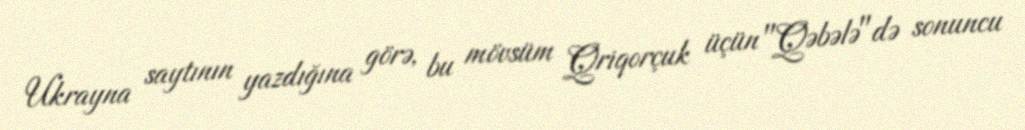
Ukrayna saytının yazdığına görə, bu mövsüm Qriqorçuk üçün "Qəbələ"də sonuncu